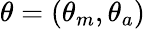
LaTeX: \theta=(\theta_{m},\theta_{a})